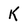
Character: K